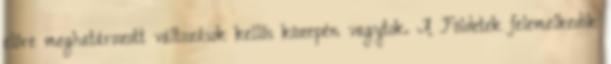
előre meghatározott változások kellős közepén vagytok. A Földetek felemelkedik